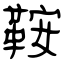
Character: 鞍